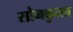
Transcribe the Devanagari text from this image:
सोनकुत्‍ता